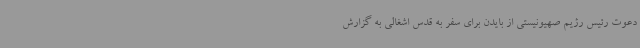
دعوت رئیس رژیم صهیونیستی از بایدن برای سفر به قدس اشغالی به گزارش